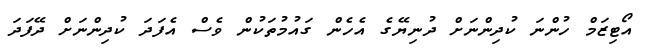
އޯޓިޒަމް ހުންނަ ކުދިންނަށް ދުނިޔޭގެ އެހެން ގައުމުތަކުން ވެސް އެފަދަ ކުދިންނަށް ދޭފަދަ